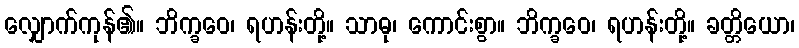
လျှောက်ကုန်၏။ ဘိက္ခဝေ၊ ရဟန်းတို့။ သာဓု၊ ကောင်းစွာ။ ဘိက္ခဝေ၊ ရဟန်းတို့။ ခတ္တိယော၊